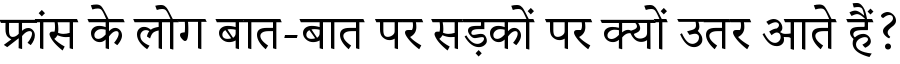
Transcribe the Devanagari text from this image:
फ्रांस के लोग बात-बात पर सड़कों पर क्यों उतर आते हैं?